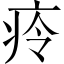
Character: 㾉